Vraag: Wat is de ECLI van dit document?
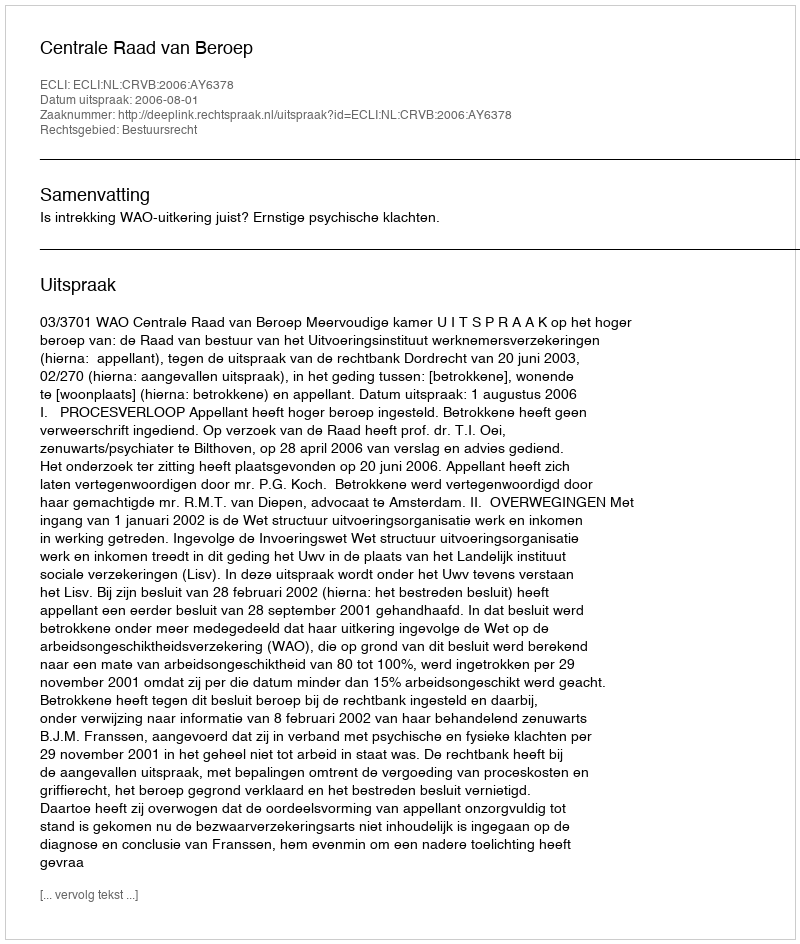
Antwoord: ECLI:NL:CRVB:2006:AY6378